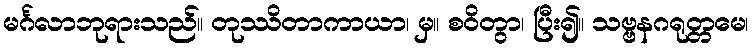
မင်္ဂလာဘုရားသည်။ တုဿိတာကာယာ၊ မှ။ စဝိတွာ၊ ပြီး၍။ သဗ္ဗနဂရုတ္တမေ၊